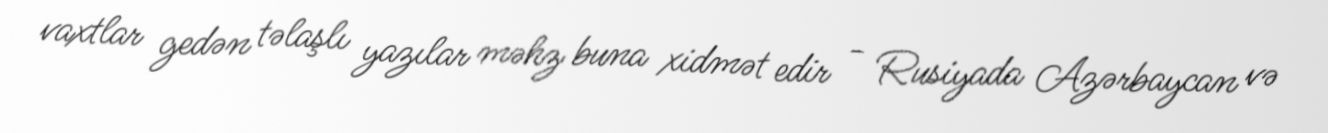
vaxtlar gedən təlaşlı yazılar məhz buna xidmət edir - Rusiyada Azərbaycan və